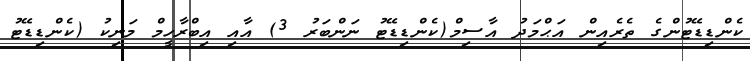
ކެންޑިޑޭޓުންގެ ތެރެއިން އަޙްމަދު އާސިމް(ކެންޑިޑޭޓު ނަންބަރު 3) އާއި އިބްރާހީމް މަނިކު (ކެންޑިޑޭޓު